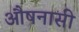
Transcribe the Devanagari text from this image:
औषनासी